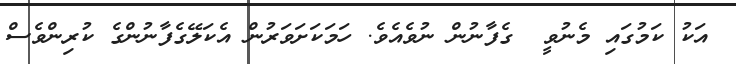
އަކު ކަމުގައި މެނުވީ  ގެފާނުން ނުވެއެވެ. ހަމަކަށަވަރުން އެކަލޭގެފާނުންގެ ކުރިންވެސް